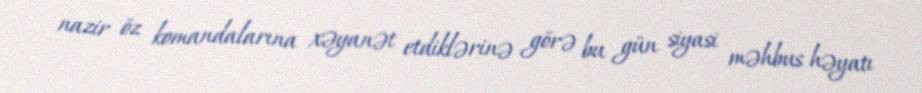
nazir öz komandalarına xəyanət etdiklərinə görə bu gün siyasi məhbus həyatı